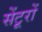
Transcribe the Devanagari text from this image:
सेंटूरों